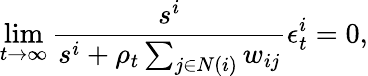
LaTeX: \operatorname*{lim}_{t\to\infty}\frac{s^{i}}{s^{i}+\rho_{t}\sum_{j\in N(i)}w_{ij}}\epsilon_{t}^{i}=0,